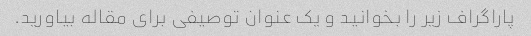
پاراگراف زیر را بخوانید و یک عنوان توصیفی برای مقاله بیاورید.